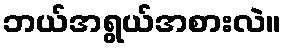
ဘယ်အရွယ်အစားလဲ။